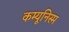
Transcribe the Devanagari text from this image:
कम्यूनिस्म